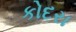
કોદરા